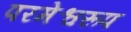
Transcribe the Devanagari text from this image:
परमेश्वरूप